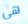
هي